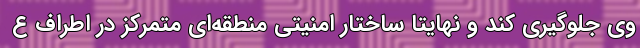
وی جلوگیری کند و نهایتاً ساختار امنیتی منطقه‌ای متمرکز در اطراف ع